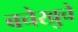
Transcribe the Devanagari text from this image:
बचेखुचे